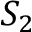
S _ { 2 }